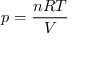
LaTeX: p = { \frac { n R T } { V } }